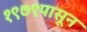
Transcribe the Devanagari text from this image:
१९७९पासून